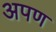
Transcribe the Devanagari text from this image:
अपण